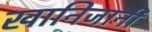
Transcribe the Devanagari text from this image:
खानिजानी